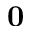
\mathbf { 0 }